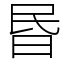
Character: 昬